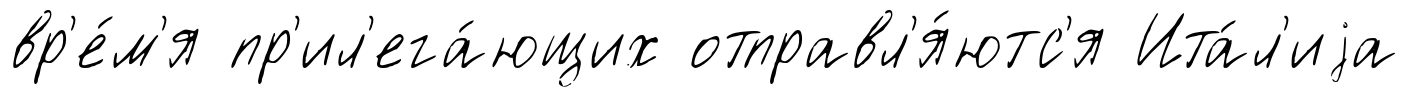
вр'е́м'я пр'ил'ега́ющих отправл'я́ютс'я Ита́л'иjа